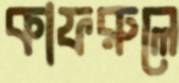
কাফরুলে